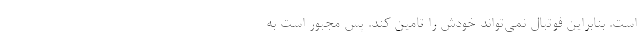
است. بنابراین فوتبال نمی‌تواند خودش را تامین کند. پس مجبور است به